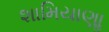
શામિયાણાૢ